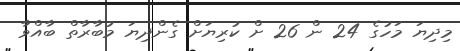
މިދިޔަ މަހުގެ 24 ން 26 ށް ކުރިޔަށް ގެންދިޔަ މުބާރާތް ބާއްވާ